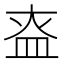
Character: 𰤶